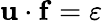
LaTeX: {\mathbf u}\cdot{\mathbf f}=\varepsilon